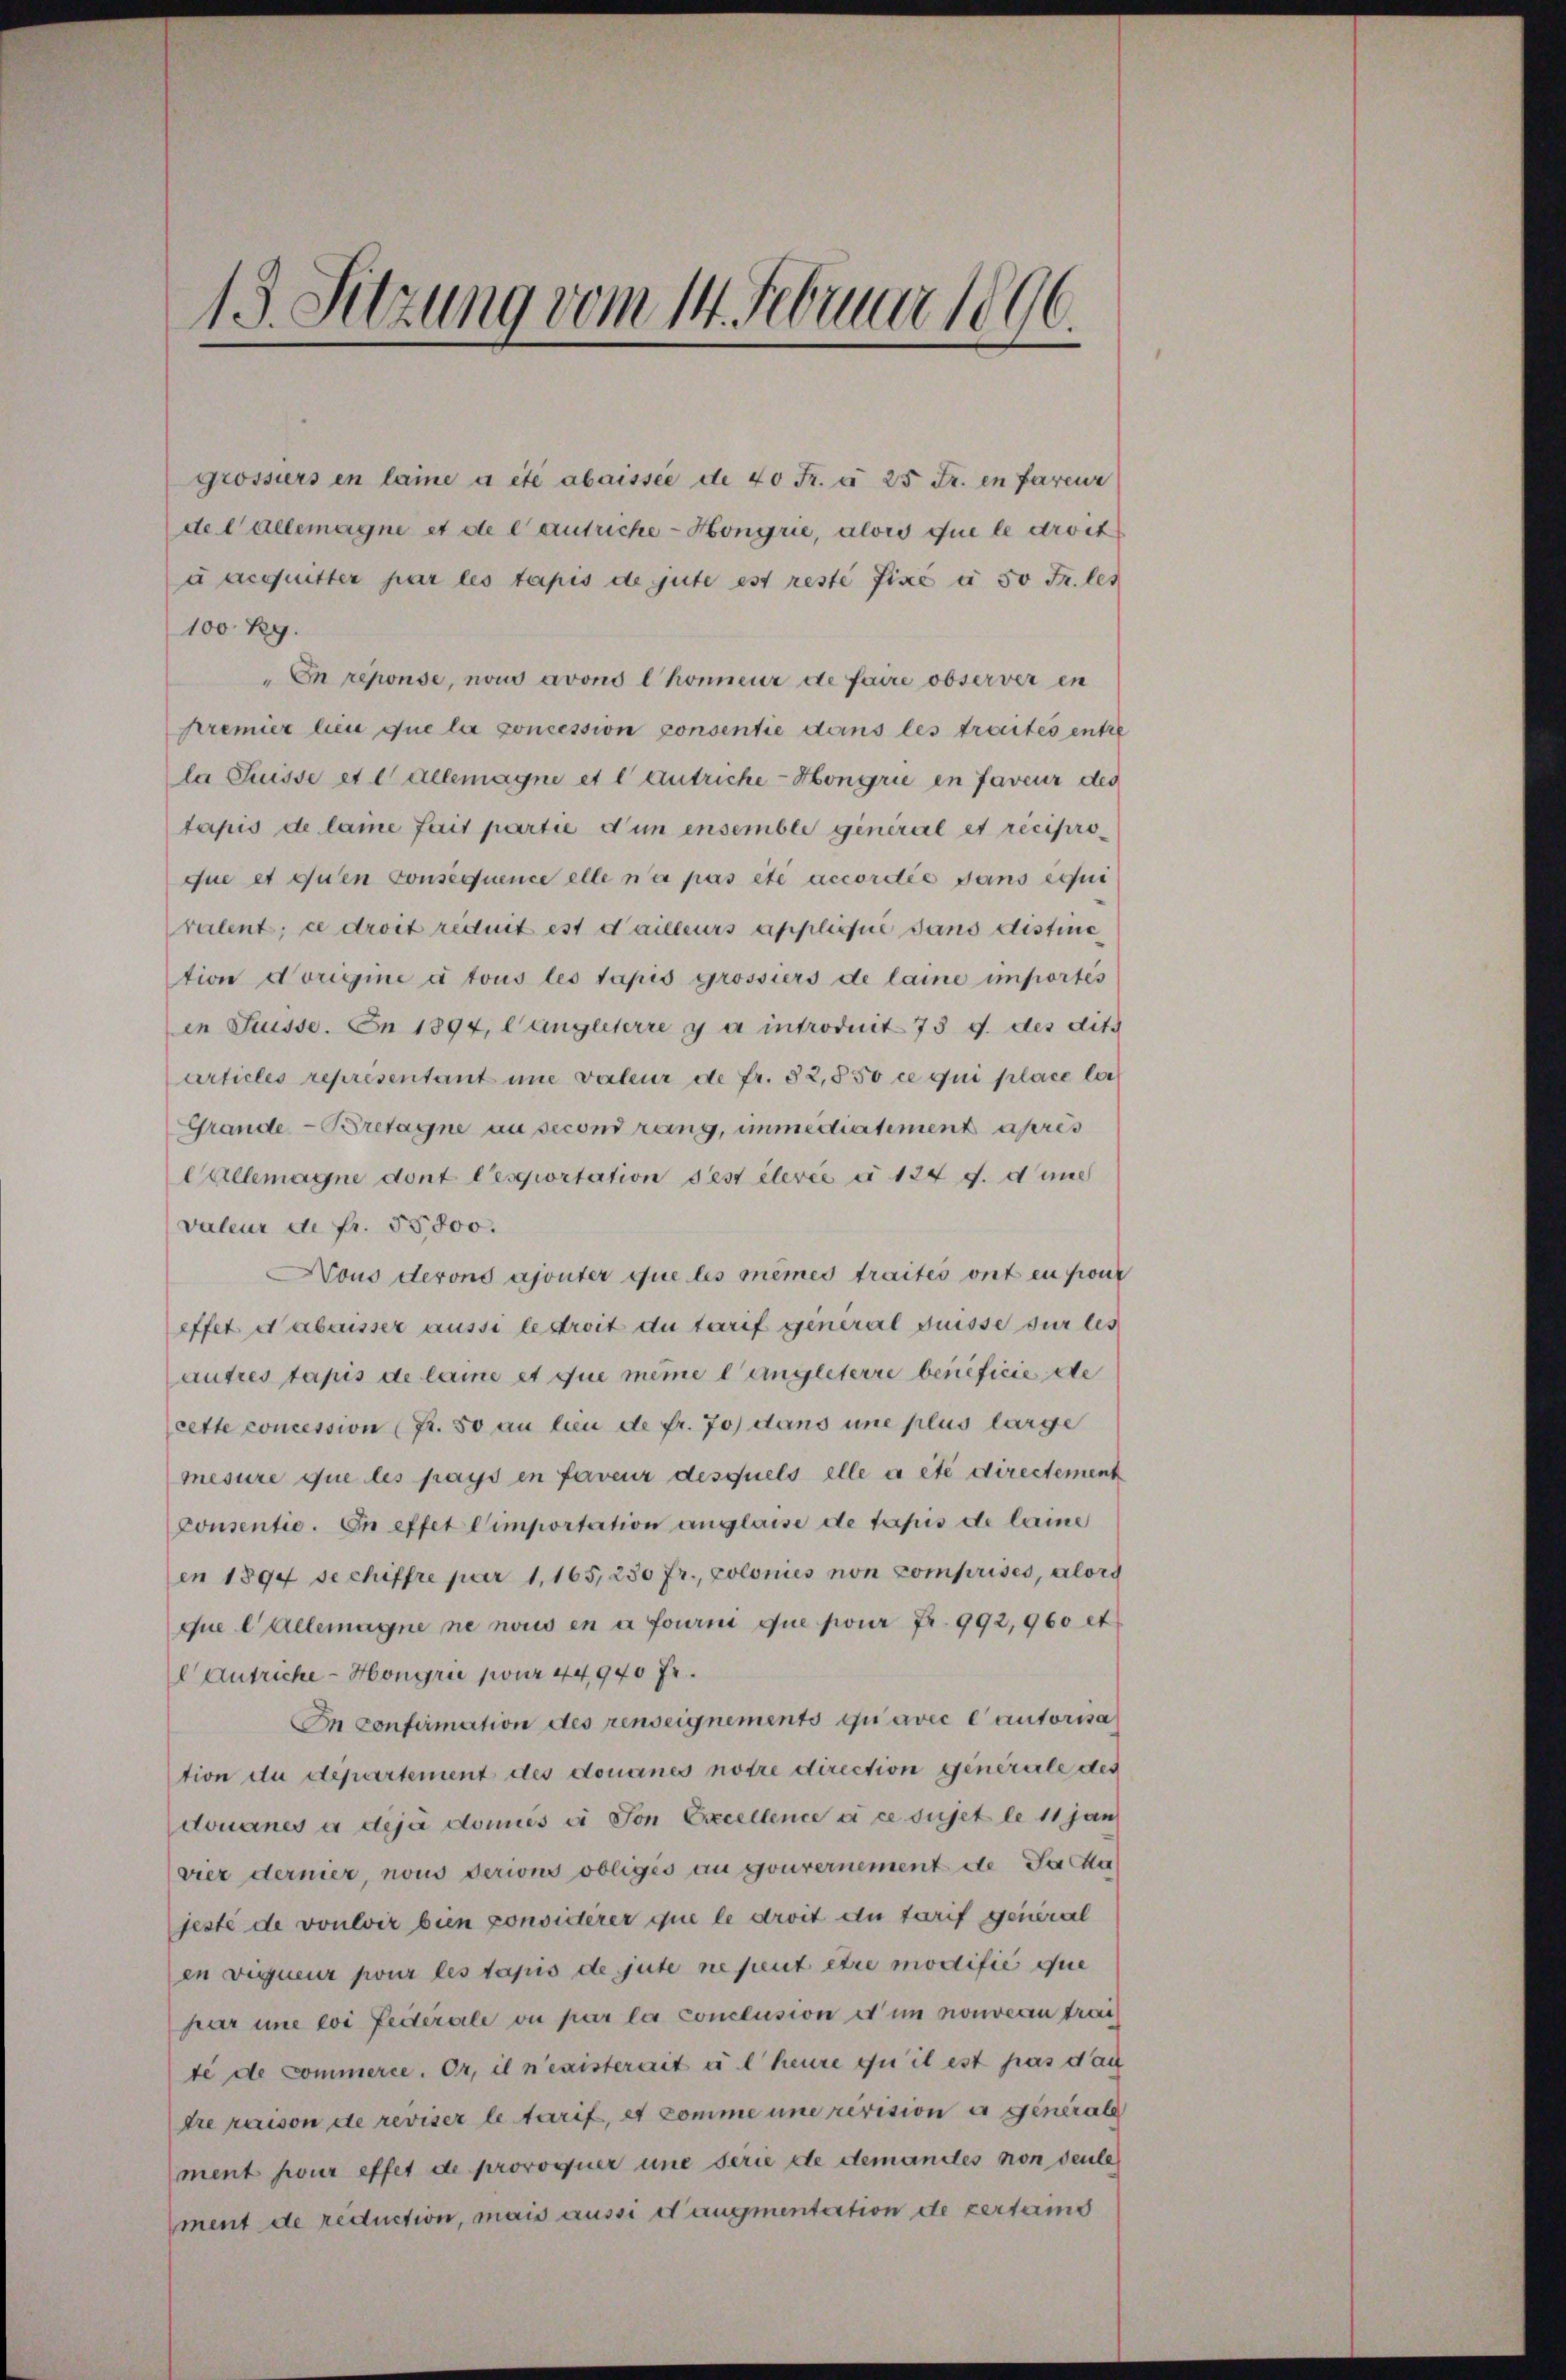
13. Sitzung vom 14. Februar 1896.

grossiers en laine a été abaissée de 40 Fr. v. 25 Fr. en faveur
del allemagne et de lantriche - Hongrie, aloro que le droit
u acquitter par les tapis de gute est reste fixe à 50 Fr. les
100 Rg.
En reponse, nous avono l Konneur de faire observer en
Premier bei que la concession consentie dans les traites entze
la Suisse et l allemagne et l antriche-Hongrie en faveur des
tapis de lame fait partie d’un ensemble general et réciproque et quen Consequence elle n’a pas été accordée sans equi
ralent, ce droit reduit est d’ailleurs appliqué sans distine
tion Norigine à tous les Tapis grossiers de laine importés
in Suisse. En 1894, längleterre y a introduit 73 f. des dits
articles représentant une valeur de fr. 82,850 ce qui place la
Grande-Bretagne au second rang, immediertement apres
Callemagne dont resportation s’est élevée a 124 f. durch
valeur de fr. 55800.
Nous derons ajouter que les mêmes traites ont en font
effet dabaisser aussi le droit du tarif general fuisse sur les
autres tapis de laine et que même langleterre beneficie de
cette concession (fr. so an lieu de fr. 70) dans une plus large
mesure que les pays in faveur desquels elle a été directement
consentie. En effet Cimportation anglaise de lapis de laine
en 1894 sechiffre par 1,165, 230 fr., colonies non comprises, alors
que l Allemagne ne nous en a fourni que pour fr. 992,960 et
Autriche - Hongru pour 44940 Fr.
In confirmation des renseignements qu’avec l’autorisa
tion du département des douanes notre direction generale des
douanes à dija donies ei von Excellence ai ce sujet le 11 jan
vier dernier, nous derions obliges au gouvernement de Ja a
seste de vouloir bien considerer que le droit die Tarif general
en vigueur pour les tapis de gute ne peut être modifie que
par une coi Leiterale ou par les conclusion et in nouveren trai
te de commerce. Or, il n’existerait u l heure qui il est pas dach
tre praison de reviser le tarif, es komme une revision er Generale
ment pour effet de provoquer une serie de demandtes non deute
ment de reduction, mais aussi d augmentection de vertums